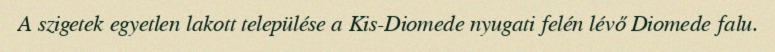
A szigetek egyetlen lakott települése a Kis-Diomede nyugati felén lévő Diomede falu.